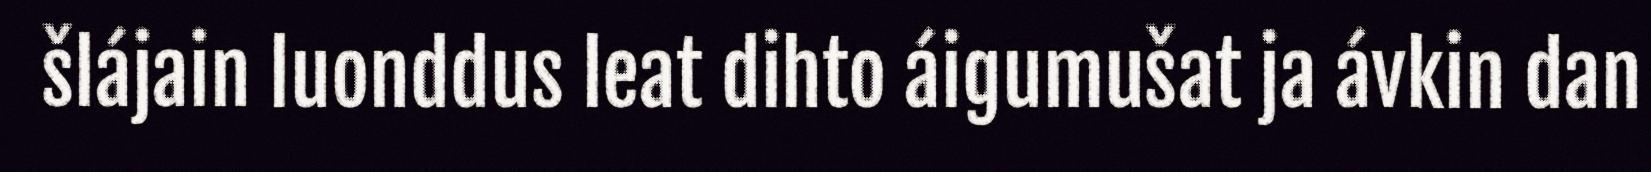
šlájain luonddus leat dihto áigumušat ja ávkin dan